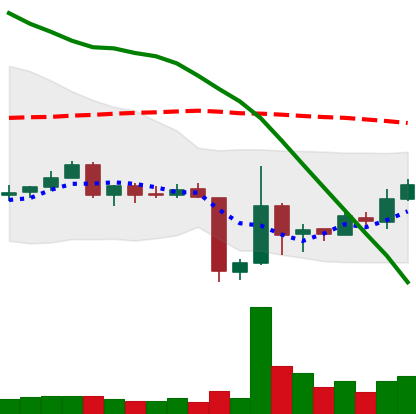
Ticker: ETC-USD
Chart end date: 2018-06-19
Forward return: -4.374%
Label: down_3_5